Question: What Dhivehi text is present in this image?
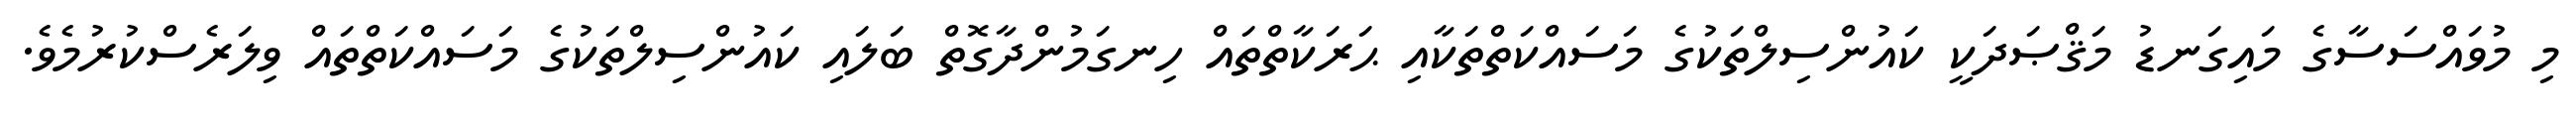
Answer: މި މުވައްސަސާގެ މައިގަނޑު މަޤްޞަދަކީ ކައުންސިލްތަކުގެ މަސައްކަތްތަކާއި ޙަރަކާތްތައް ހިނގަމުންދާގޮތް ބަލައި ކައުންސިލްތަކުގެ މަސައްކަތްތައް ވިލަރެސްކުރުމެވެ.